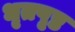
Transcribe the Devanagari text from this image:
धृतपृष्ठ